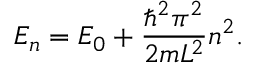
E _ { n } = E _ { 0 } + { \frac { \hbar ^ { 2 } \pi ^ { 2 } } { 2 m L ^ { 2 } } } n ^ { 2 } .